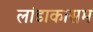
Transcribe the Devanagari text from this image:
लांडाकासम